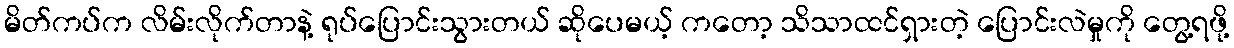
မိတ်ကပ်က လိမ်းလိုက်တာနဲ့ ရုပ်ပြောင်းသွားတယ် ဆိုပေမယ့် ကတော့ သိသာထင်ရှားတဲ့ ပြောင်းလဲမှုကို တွေ့ရဖို့